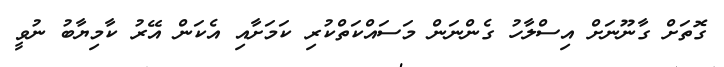
ގޮތަށް ގާނޫނަށް އިސްލާހު ގެންނަން މަސައްކަތްކުރި ކަމަށާއި އެކަން އޭރު ކާމިޔާބު ނުވީ